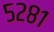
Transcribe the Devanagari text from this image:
५२८१